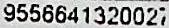
9556641320027